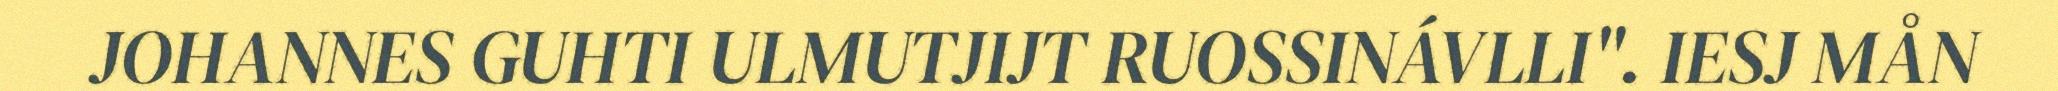
JOHANNES GUHTI ULMUTJIJT RUOSSINÁVLLI". IESJ MÅN